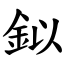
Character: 鉯